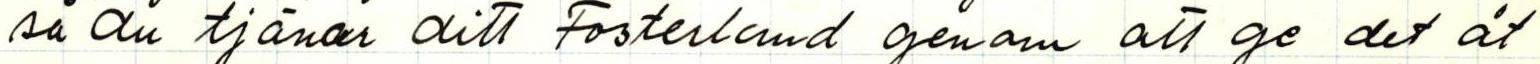
så du tjänar ditt Fosterland genom att ge det åt